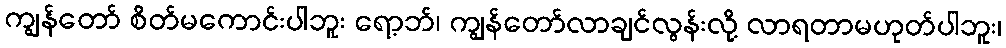
ကျွန်တော် စိတ်မကောင်းပါဘူး ရော့ဘ်၊ ကျွန်တော်လာချင်လွန်းလို့ လာရတာမဟုတ်ပါဘူး၊